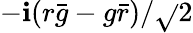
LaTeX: -\mathbf{i}(r{\bar{{g}}}-g{\bar{{r}}})/{\sqrt{}{{2}}}